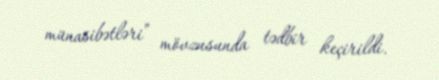
münasibətləri” mövzusunda tədbir keçirildi.